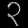
Digit: ၃